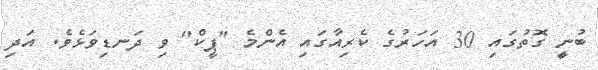
ބުނީި ގޮތުގައި 30 އަހަރުގެ ކެރިއާގައި އެންމެ "ޕީކް" ވި ދަނޑިވަޅެވެ. އަދި